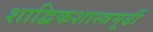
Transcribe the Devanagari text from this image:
शाद्विकशास्त्रमूढीं